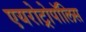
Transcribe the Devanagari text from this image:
एयरोट्रोपॉलिस